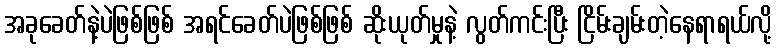
အခုခေတ်နဲ့ပဲဖြစ်ဖြစ် အရင်ခေတ်ပဲဖြစ်ဖြစ် ဆိုးယုတ်မှုနဲ့ လွတ်ကင်းပြီး ငြိမ်းချမ်းတဲ့နေရာရယ်လို့